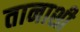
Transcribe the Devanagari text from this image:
तानाशी